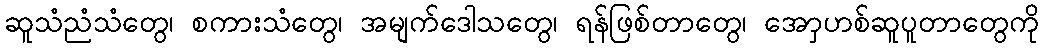
ဆူသံညံသံတွေ၊ စကားသံတွေ၊ အမျက်ဒေါသတွေ၊ ရန်ဖြစ်တာတွေ၊ အောှဟစ်ဆူပူတာတွေကို